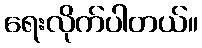
ရေးလိုက်ပါတယ်။